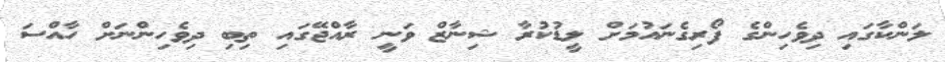
ލަންކާގައި ދިވެހިންގެ ފޯރިގެނައުމަށް ލީޑުކުރާ ޝިނާޒް ވަނީ ރާއްޖޭގައި ތިބި ދިވެހިންނަށް ހާއްސަ